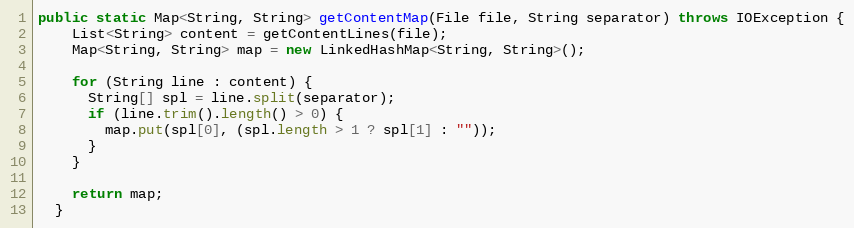
Language: Java
public static Map<String, String> getContentMap(File file, String separator) throws IOException {
    List<String> content = getContentLines(file);
    Map<String, String> map = new LinkedHashMap<String, String>();

    for (String line : content) {
      String[] spl = line.split(separator);
      if (line.trim().length() > 0) {
        map.put(spl[0], (spl.length > 1 ? spl[1] : ""));
      }
    }

    return map;
  }